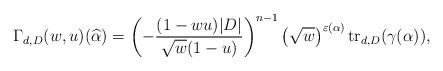
LaTeX: \begin{align*}\Gamma_{d,D}(w,u)(\widehat{\alpha}) = \left(- \frac{(1 - w u)|D|}{\sqrt{w} (1-u) } \right)^{n-1} \left(\sqrt{w}\right)^{\varepsilon(\alpha)} {\rm tr}_{d,D}(\gamma(\alpha)),\end{align*}